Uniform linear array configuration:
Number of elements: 24
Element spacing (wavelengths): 0.75
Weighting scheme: uniform
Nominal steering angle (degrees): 30
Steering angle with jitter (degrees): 29.216
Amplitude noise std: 0.05
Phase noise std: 0.05

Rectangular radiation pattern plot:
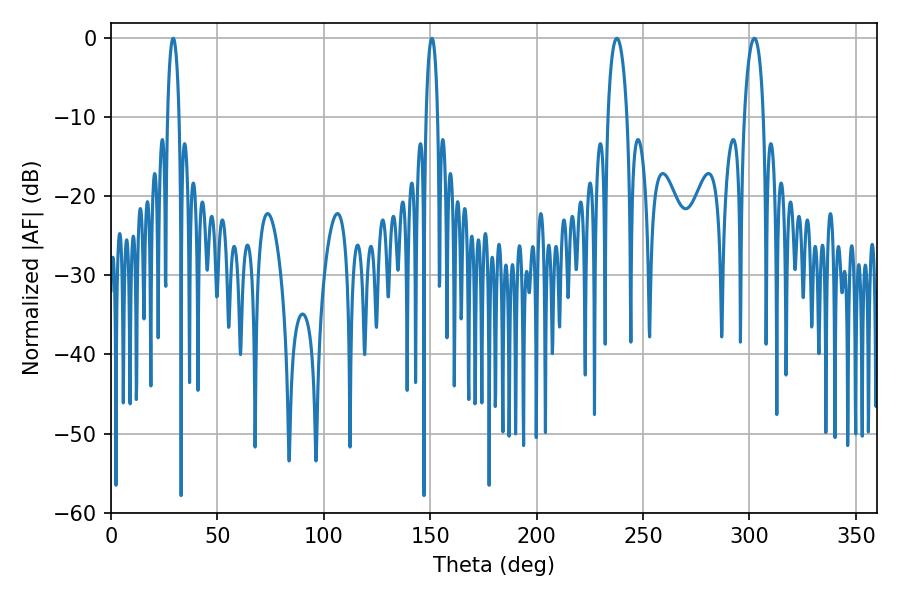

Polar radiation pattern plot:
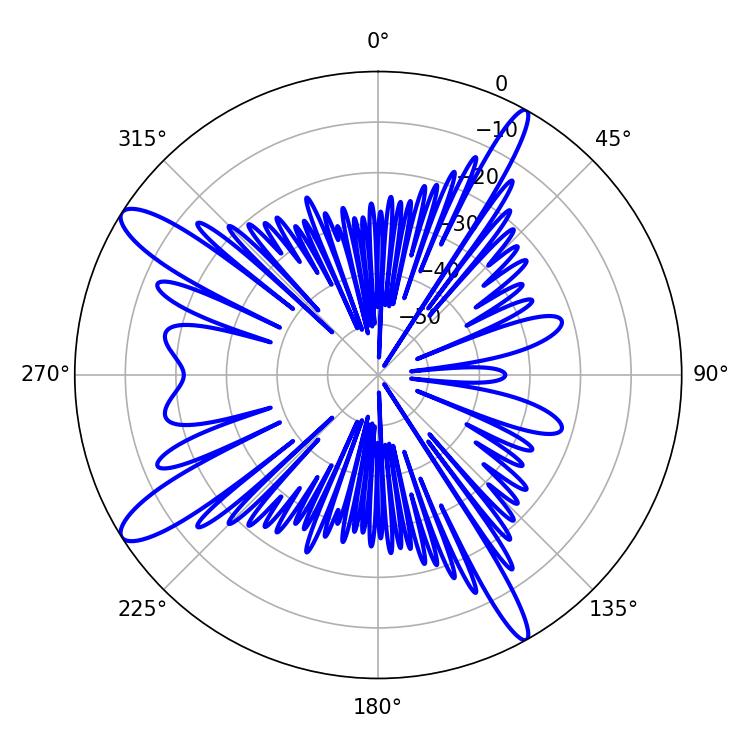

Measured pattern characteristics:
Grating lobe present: TRUE
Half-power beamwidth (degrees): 5.04
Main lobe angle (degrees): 302.22